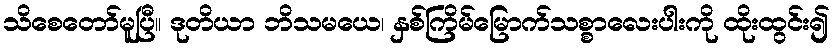
သိစေတော်မူပြီ။ ဒုတိယာ ဘိသမယေ၊ နှစ်ကြိမ်မြောက်သစ္စာလေးပါးကို ထိုးထွင်း၍